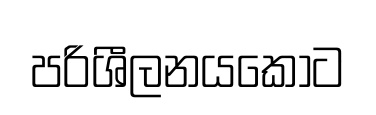
පරිශීලනයකොට